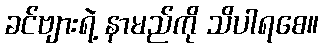
ခင်ဗျားရဲ့ နာမည်ကို သိပါရစေ။